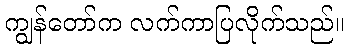
ကျွန်တော်က လက်ကာပြလိုက်သည်။